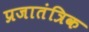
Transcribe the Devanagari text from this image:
प्रजातंत्रिक